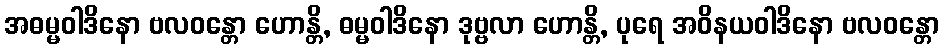
အဓမ္မဝါဒိနော ဗလဝန္တော ဟောန္တိ, ဓမ္မဝါဒိနော ဒုဗ္ဗလာ ဟောန္တိ, ပုရေ အဝိနယဝါဒိနော ဗလဝန္တော